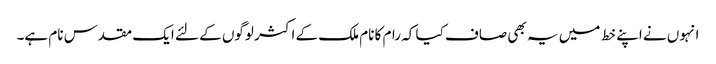
انہوں نے اپنے خط میں یہ بھی صاف کیا کہ رام کا نام ملک کے اکثر لوگوں کے لئے ایک مقدس نام ہے۔